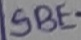
Text: SBE